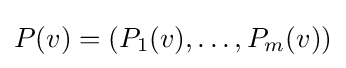
P(v)=(P_{1}(v),\dots ,P_{m}(v))